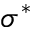
\sigma ^ { * }